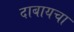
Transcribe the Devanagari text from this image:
दाबायचा